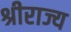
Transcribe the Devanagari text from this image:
श्रीराज्य